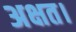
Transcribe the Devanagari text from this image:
अक्षत।